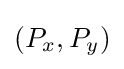
\left(P_{x},P_{y}\right)